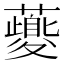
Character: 𧃍